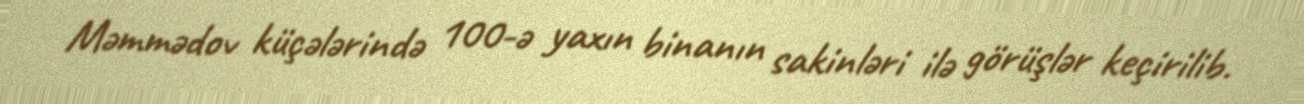
Məmmədov küçələrində 100-ə yaxın binanın sakinləri ilə görüşlər keçirilib.